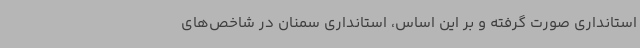
استانداری صورت گرفته و بر این اساس‌، استانداری سمنان در شاخص‌های